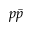
p \bar { p }